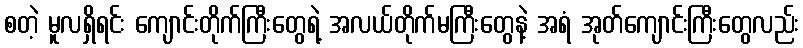
စတဲ့ မူလရှိရင်း ကျောင်းတိုက်ကြီးတွေရဲ့ အလယ်တိုက်မကြီးတွေနဲ့ အရံ အုတ်ကျောင်းကြီးတွေလည်း